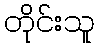
တိုင်းသူ